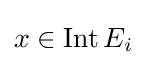
x\in \operatorname {Int} E_{i}